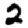
Digit: 2